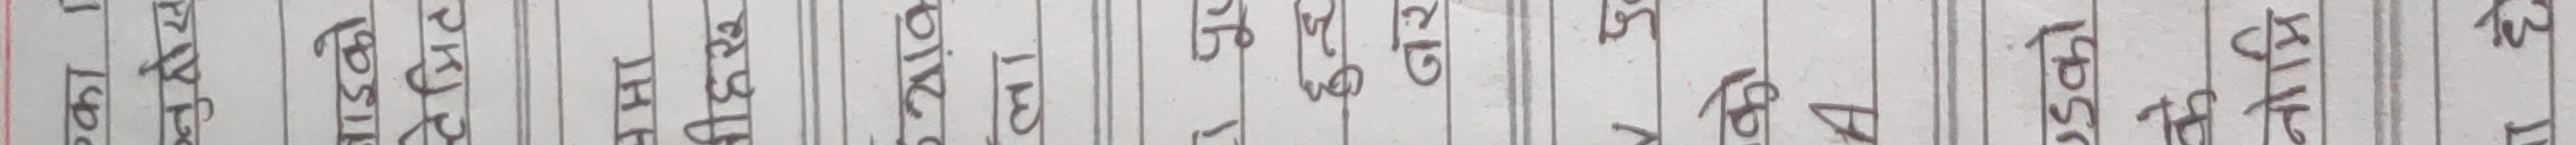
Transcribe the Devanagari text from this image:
एका ।
नुहोस
बाइको
टेमिट
THI
वीहरू
याव
ला
हुन्छ
नर
को
A
ण्डको
के
नोमि